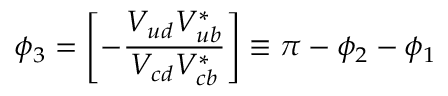
\phi _ { 3 } = \left[ - \frac { V _ { u d } V _ { u b } ^ { \ast } } { V _ { c d } V _ { c b } ^ { \ast } } \right] \equiv \pi - \phi _ { 2 } - \phi _ { 1 }